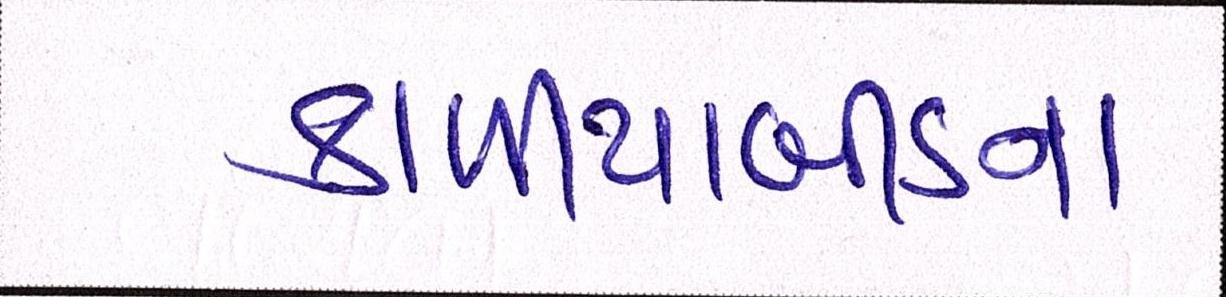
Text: કાળીયાબીડના